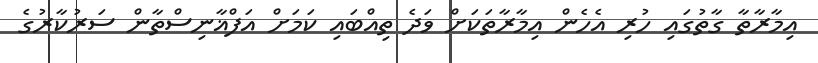
އިމާރާތާ ގާތުގައި ހުރި އެހެން އިމާރާތަކަށް ވަދެ ތިއްބައި ކަމަށް އަފްޣާނިސްތާން ސަރުކާރުގެ